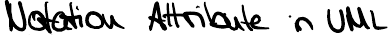
Notation Attribute in UML